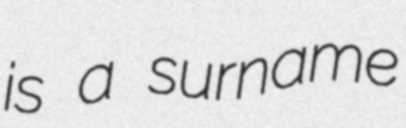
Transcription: is a surname